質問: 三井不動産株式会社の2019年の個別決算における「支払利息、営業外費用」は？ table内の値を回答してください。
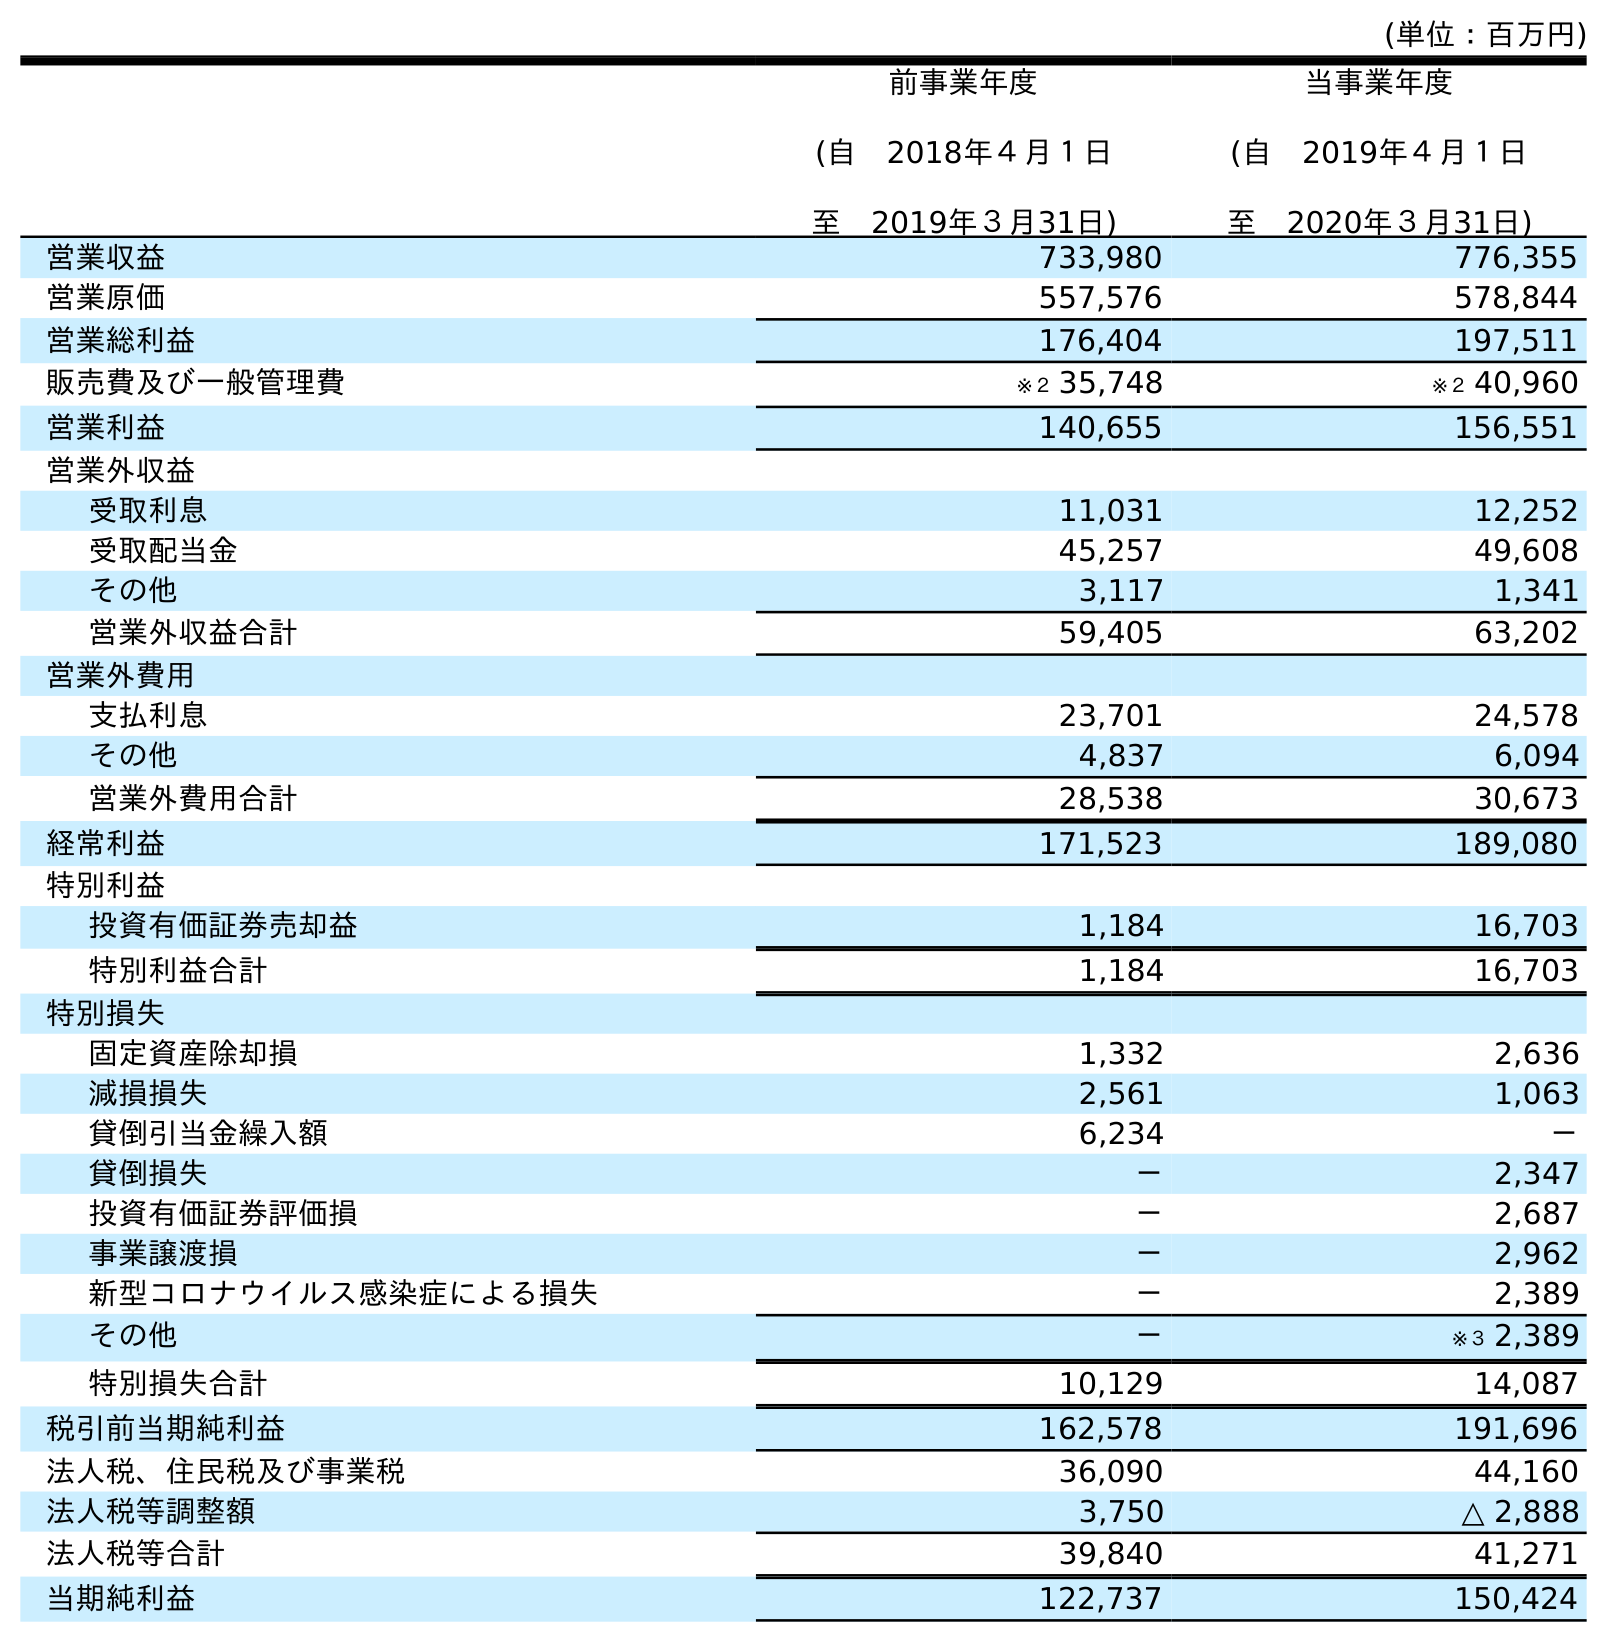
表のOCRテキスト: (単位：百万円) 前事業年度 (自 2018年４月１日 至 2019年３月31日) 当事業年度 (自 2019年４月１日 至 2020年３月31日) 営業収益 733,980 776,355 営業原価 557,576 578,844 営業総利益 176,404 197,511 販売費及び一般管理費 ※２ 35,748 ※２ 40,960 営業利益 140,655 156,551 営業外収益 受取利息 11,031 12,252 受取配当金 45,257 49,608 その他 3,117 1,341 営業外収益合計 59,405 63,202 営業外費用 支払利息 23,701 24,578 その他 4,837 6,094 営業外費用合計 28,538 30,673 経常利益 171,523 189,080 特別利益 投資有価証券売却益 1,184 16,703 特別利益合計 1,184 16,703 特別損失 固定資産除却損 1,332 2,636 減損損失 2,561 1,063 貸倒引当金繰入額 6,234 － 貸倒損失 － 2,347 投資有価証券評価損 － 2,687 事業譲渡損 － 2,962 新型コロナウイルス感染症による損失 － 2,389 その他 － ※３ 2,389 特別損失合計 10,129 14,087 税引前当期純利益 162,578 191,696 法人税、住民税及び事業税 36,090 44,160 法人税等調整額 3,750 △ 2,888 法人税等合計 39,840 41,271 当期純利益 122,737 150,424
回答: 23,701